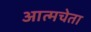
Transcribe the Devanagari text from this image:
आत्मचेता